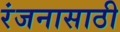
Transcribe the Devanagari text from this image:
रंजनासाठी